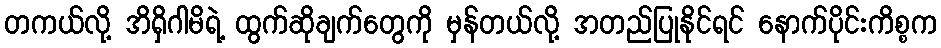
တကယ်လို့ အိရှိဂါမိရဲ့ ထွက်ဆိုချက်တွေကို မှန်တယ်လို့ အတည်ပြုနိုင်ရင် နောက်ပိုင်းကိစ္စက